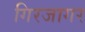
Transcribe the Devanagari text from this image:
गिरजागर